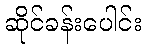
ဆိုင်ခန်းပေါင်း